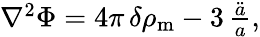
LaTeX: \begin{array}{r}{\nabla^{2}\Phi=4\pi\, \delta\rho_{\mathrm{m}}-3\, \frac{\ddot{a}}{a},}\end{array}